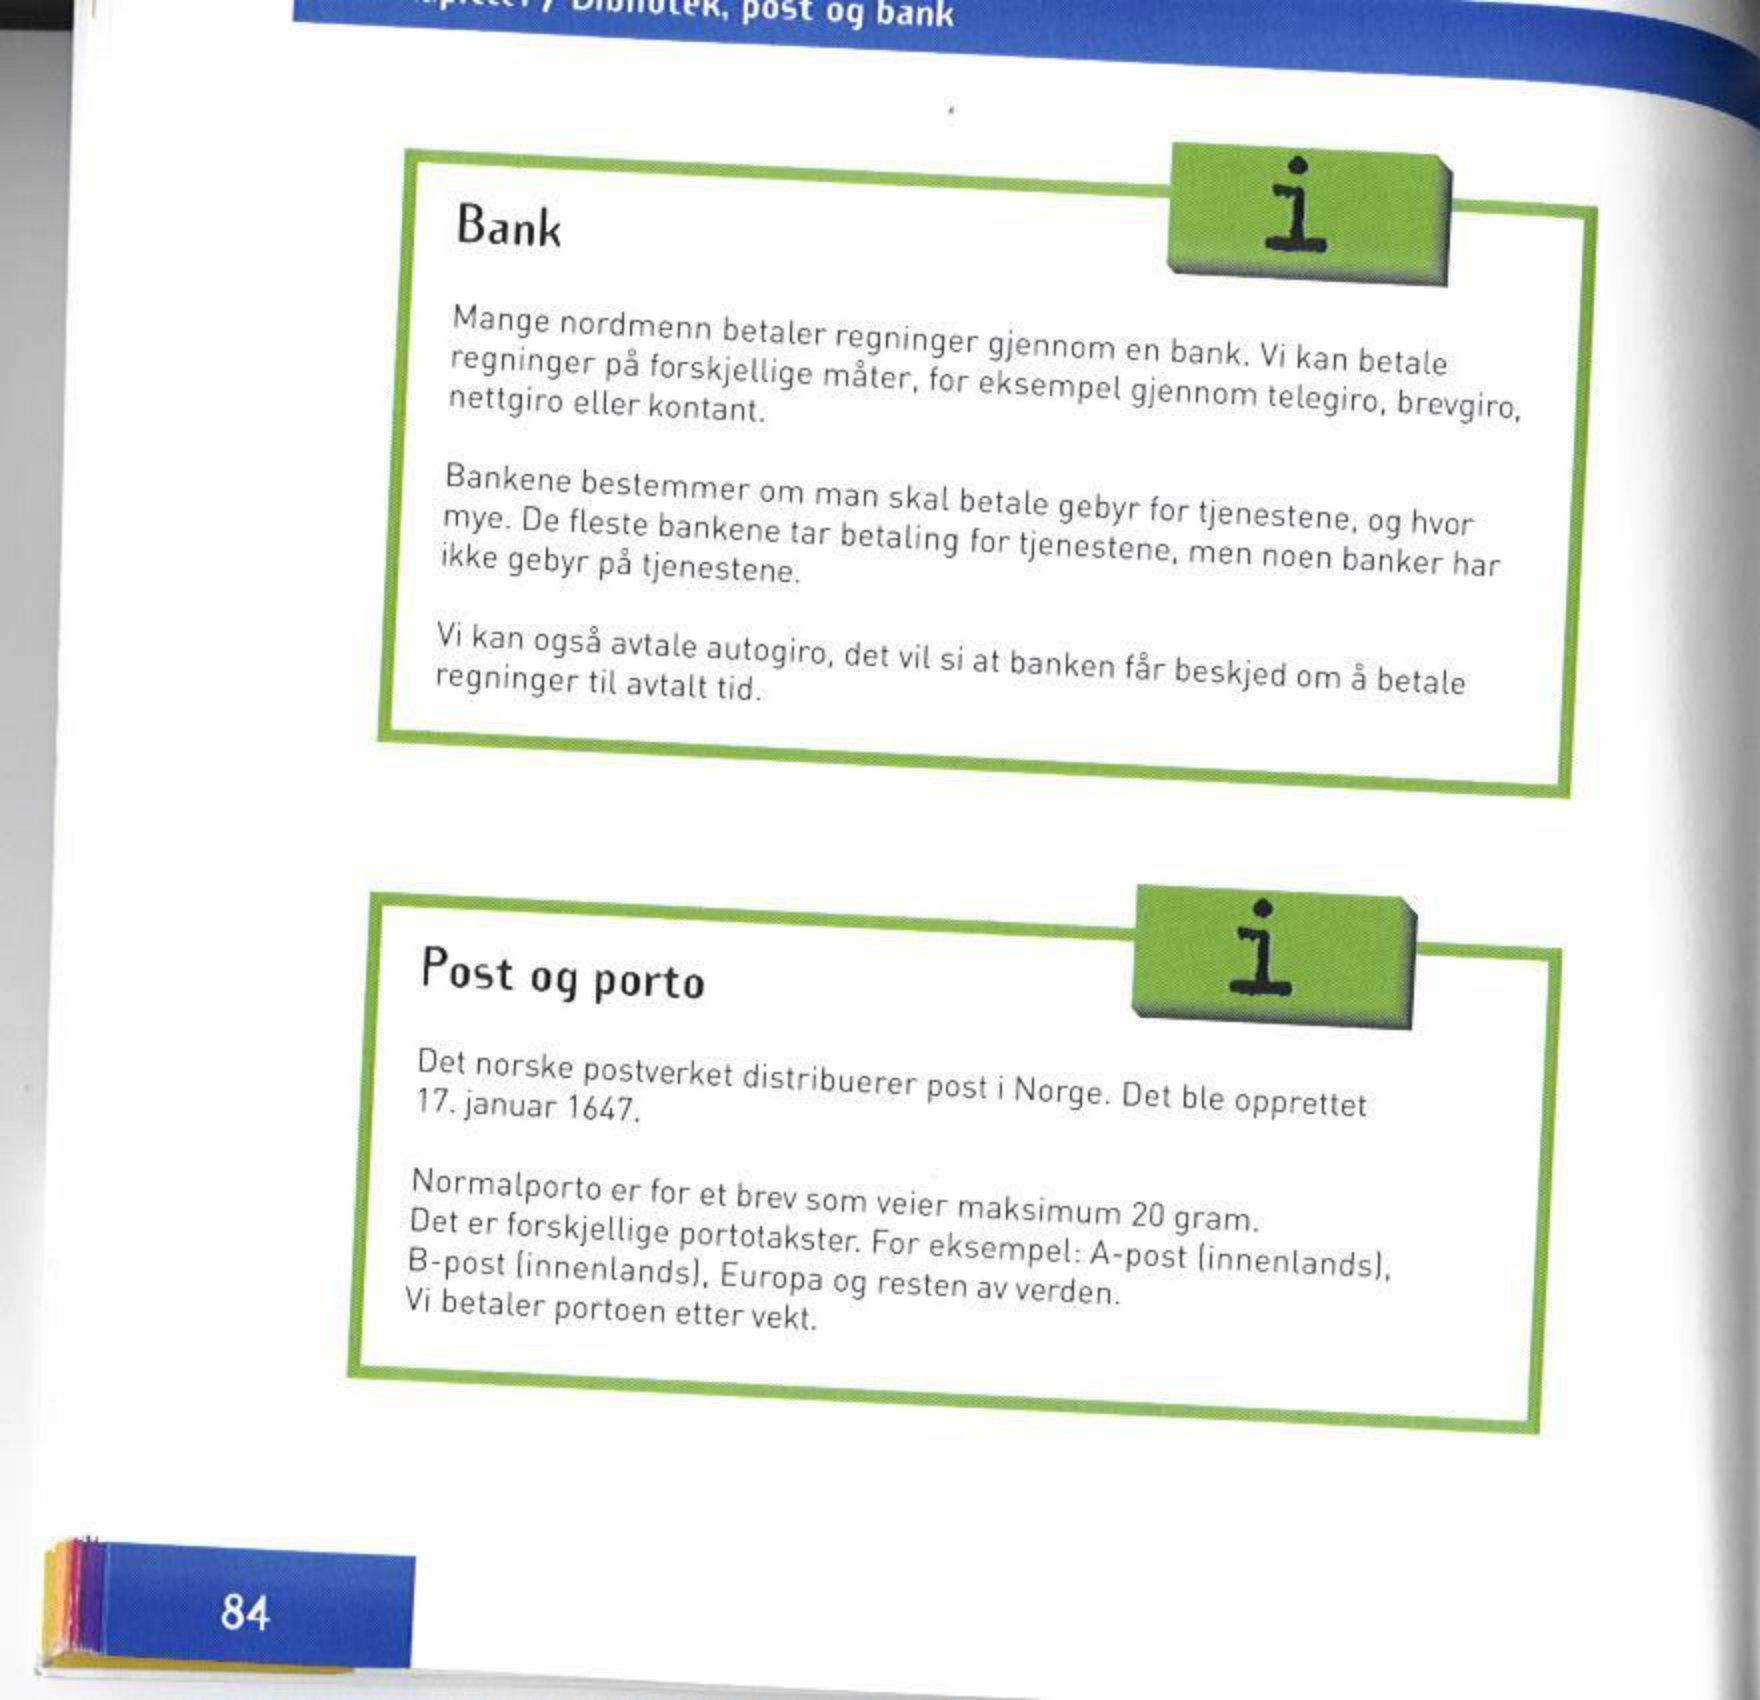
Language: no